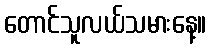
တောင်သူလယ်သမားနေ့။